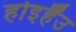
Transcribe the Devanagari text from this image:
होइहैंउ